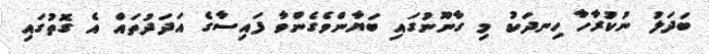
ބަދަލު ނުކުރާހާ ހިނދަކު މި ގާނޫނުގައި ބަޔާންވެގެންވާ ފައިސާގެ އަދަދުތައް އެ ގޮތުގައި